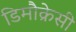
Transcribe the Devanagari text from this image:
डिमौक्रेसी